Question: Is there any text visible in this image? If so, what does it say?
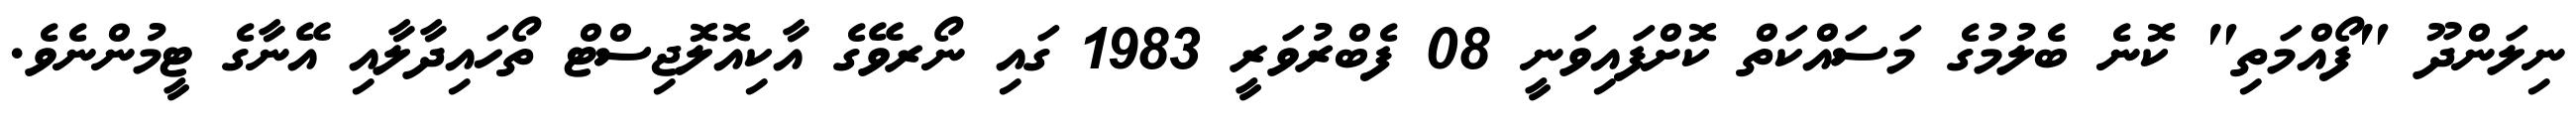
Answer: ނިލަންދޫ "ފޯއްމަތި" ކޮނެ ބެލުމުގެ މަސައްކަތް ކޮށްފައިވަނީ 08 ފެބްރުވަރީ 1983 ގައި ނޯރވޭގެ އާކިއޮލޮޖިސްޓް ތޯހައިދާލާއި އޭނާގެ ޓީމުންނެވެ.